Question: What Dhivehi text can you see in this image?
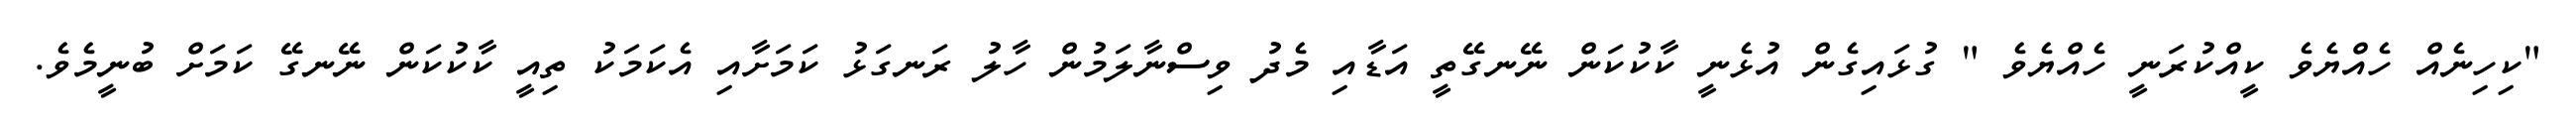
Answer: "ކިހިނެއް ހެއްޔެވެ ކީއްކުރަނީ ހެއްޔެވެ " ގުޅައިގެން އުޅެނީ ކާކުކަން ނޭނގޭތީ އަޑާއި މެދު ވިސްނާލަމުން ހާލު ރަނގަޅު ކަމަށާއި އެކަމަކު ތިއީ ކާކުކަން ނޭނގޭ ކަމަށް ބުނީމެވެ.